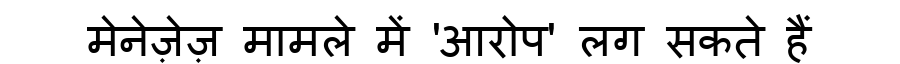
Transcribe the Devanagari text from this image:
मेनेज़ेज़ मामले में 'आरोप' लग सकते हैं